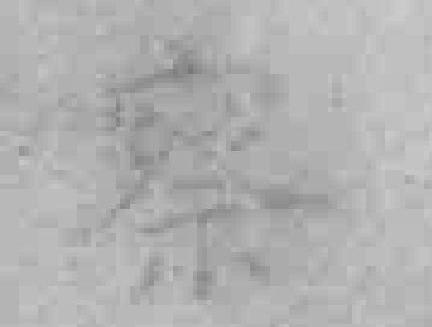
察